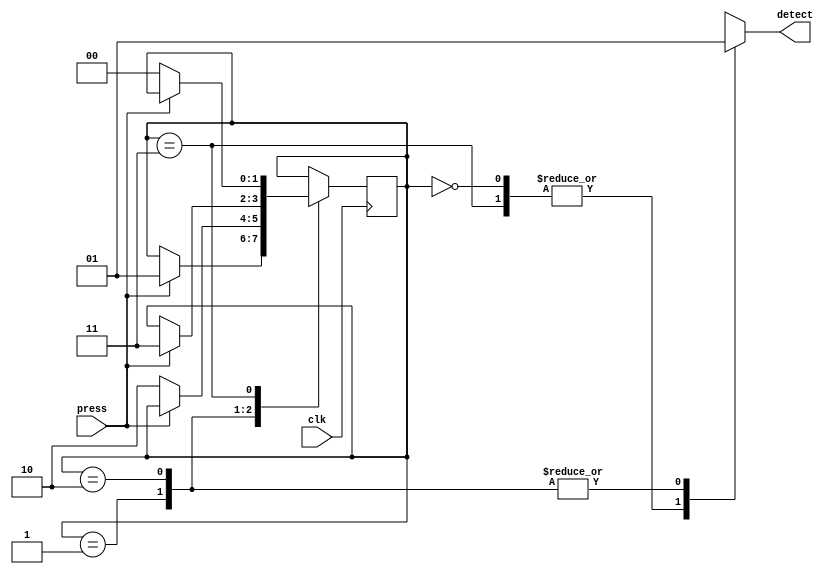
/*Botoa da forma em maquina de estados, 4 estados:
1: saida 0, botao de 0 para 1
2: saida 1, botao de 0 para 1
3: saida 0, botao de 1 para 0
4: saida 1, botao de 1 para 0

funcimaneto se da por: se ele pressiona o botao, depois de uma borda de clock, a saida muda para o seu oposto*/

module botao (clk,press,detect);
    input clk, press;
    output reg detect;
    
    reg [1:0] estados;

    parameter S0 = 2'b00;
    parameter S1 = 2'b01;
    parameter S2 = 2'b10;
    parameter S3 = 2'b11;

    initial begin
        estados <= S0;
    end

    always @ (posedge clk) begin

        case(estados)

            S0: if(press == 1'b1) estados <= S1;
            S1: if(press == 1'b0) estados <= S2;
            S2: if(press == 1'b1) estados <= S3;
            S3: if(press == 1'b0) estados <= S0;

        endcase

    end

    always @ (estados) begin

        case (estados)

        S0, S3: detect = 1'b0;
        S1, S2: detect = 1'b1;

        endcase

    end   


endmodule